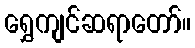
ရွှေကျင်ဆရာတော်။